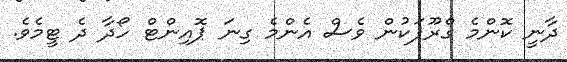
ދާނީ ކޮންމެ ގްރޫޕަކުން ވެސް އެންމެ ގިނަ ޕޮއިންޓް ހޯދާ ދެ ޓީމެވެ.